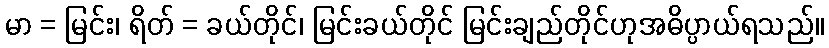
မာ = မြင်း၊ ရိတ် = ခယ်တိုင်၊ မြင်းခယ်တိုင် မြင်းချည်တိုင်ဟုအဓိပ္ပာယ်ရသည်။